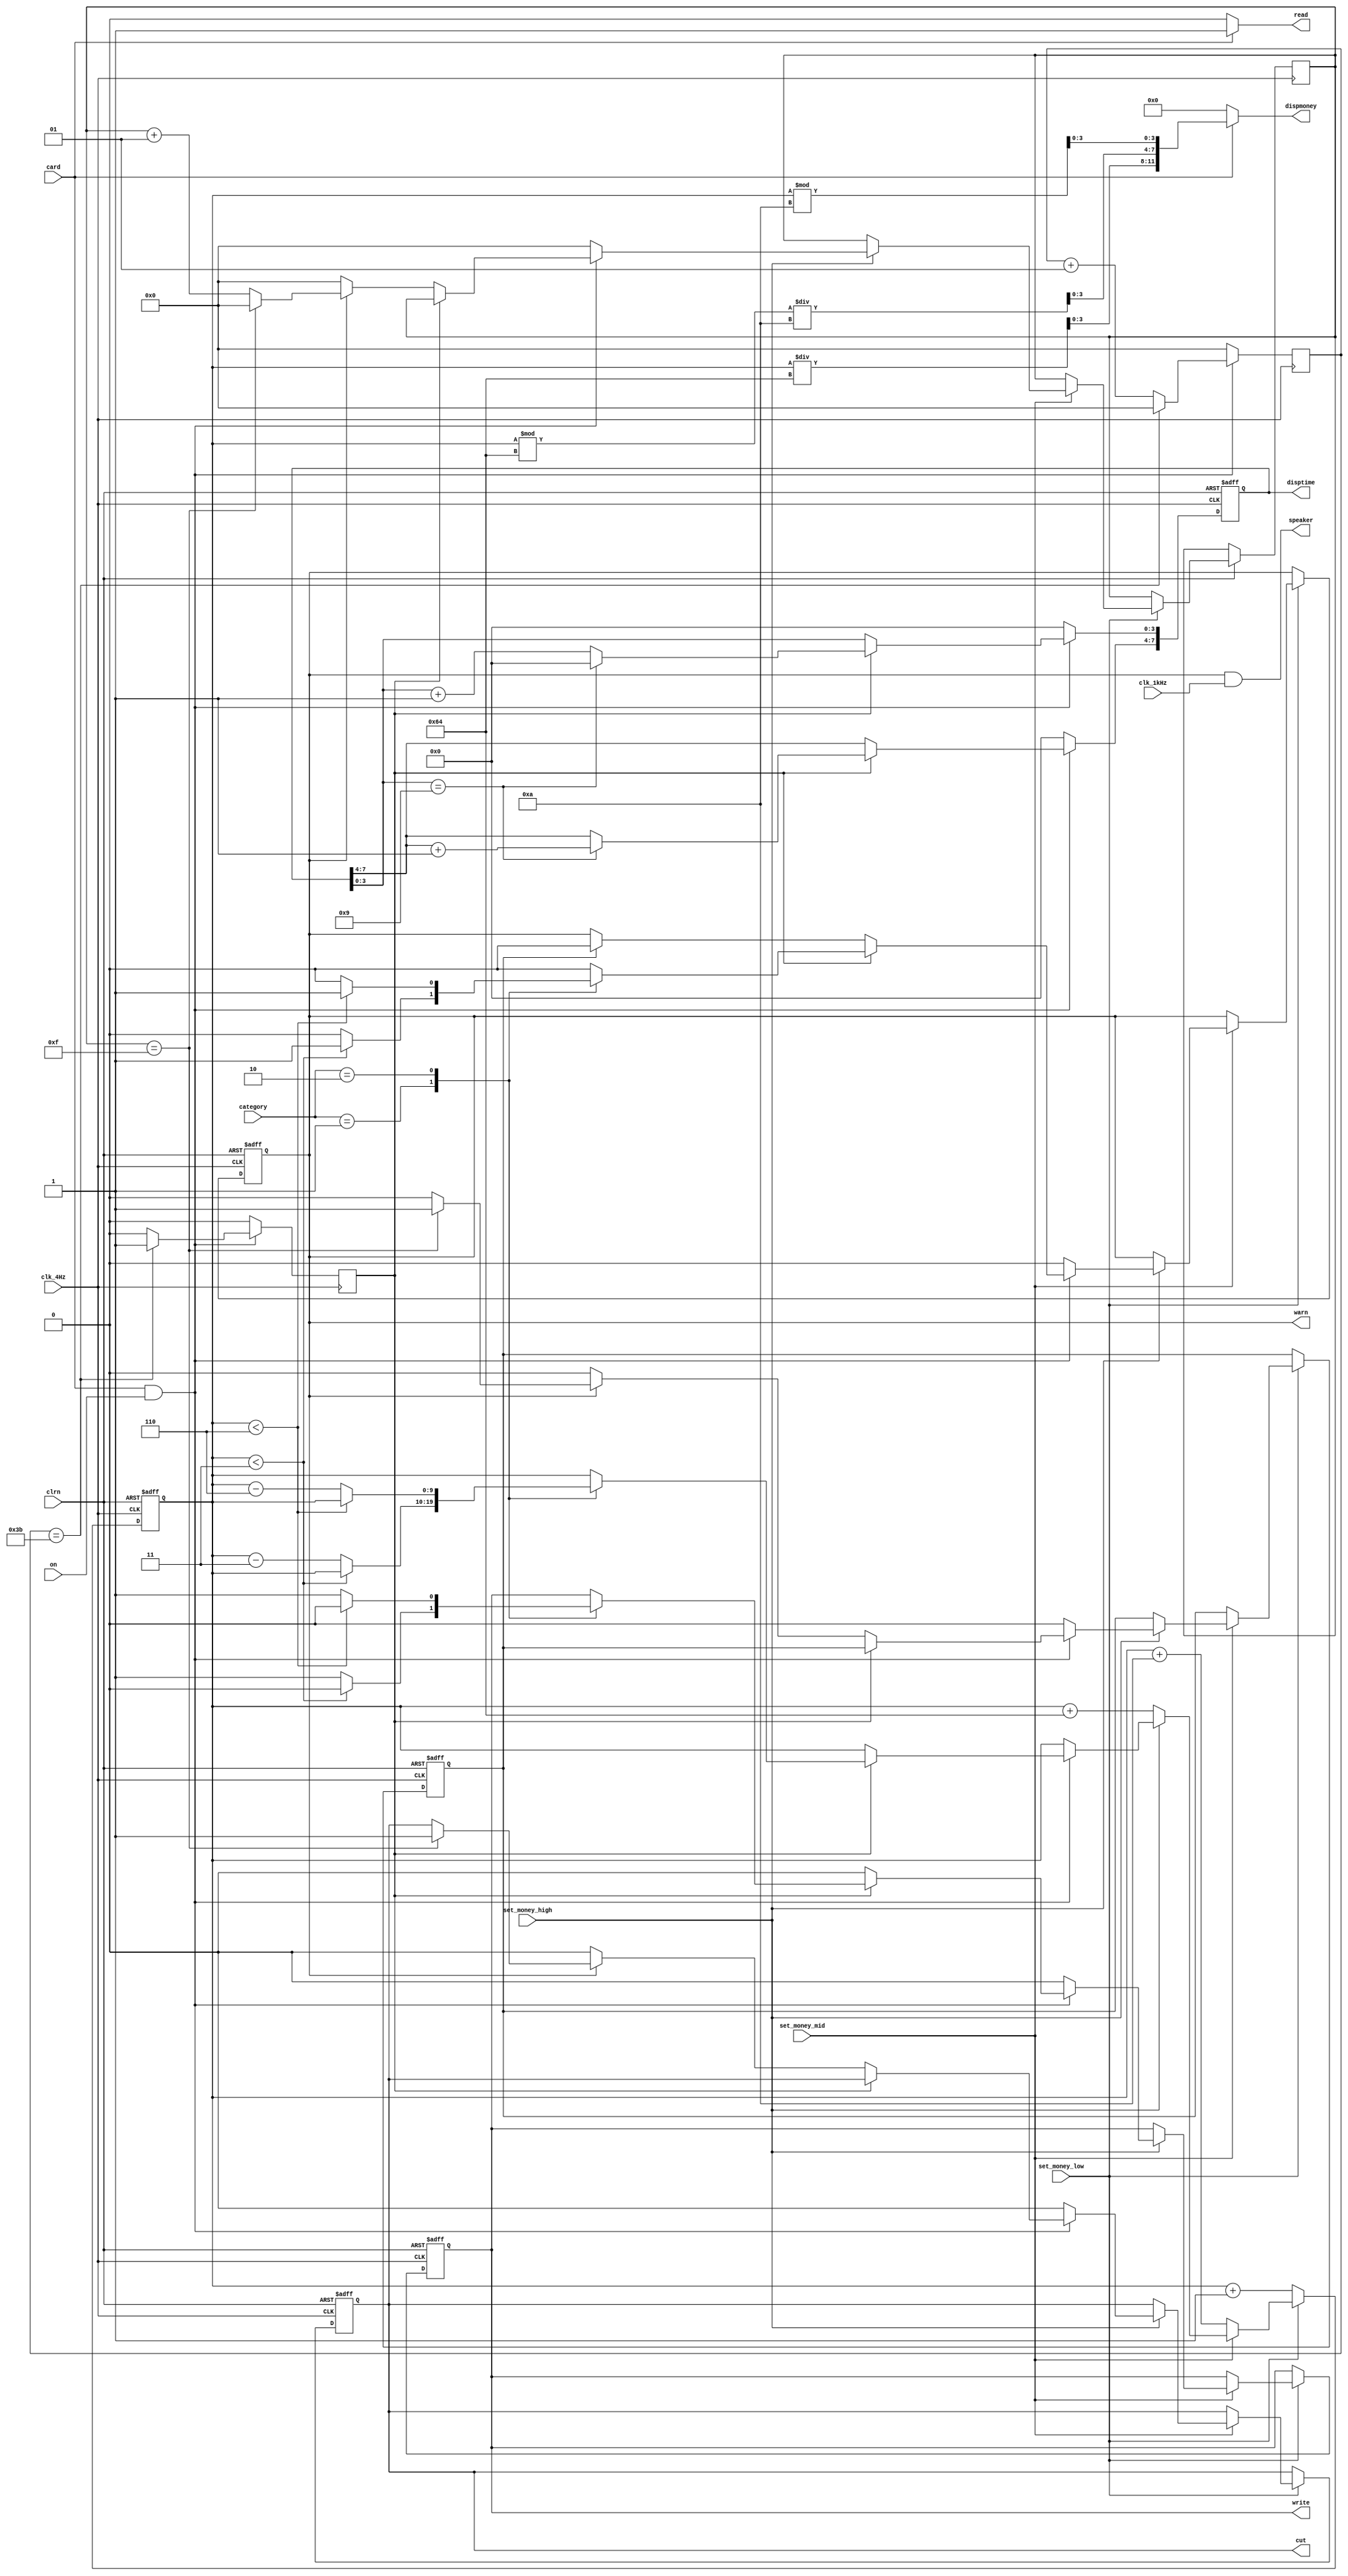
`timescale 1ns / 1ps

//
module account(clk_1kHz,clk_4Hz,card,on,category, set_money_high,set_money_mid,set_money_low,clrn,disptime,dispmoney,read, write,warn,cut, speaker);
	input clk_1kHz,clk_4Hz;//1kHz4Hz
	input card; //
	input on; //
	input [1:0] category; //"01""10""11"
	input set_money_high; //1
	input set_money_mid; //1
	input set_money_low; //1
	input clrn; //
	output reg [7:0] disptime; //44BCD59
	output [11:0] dispmoney;//444BCD99.9
	output read; //
	output reg write; //
	output reg warn; //15s
	output reg cut; //15scut
	output speaker; //
	
	integer cnt1; //
	reg min_clk; //
	wire [11:0] money; //min_clk444BCD
	//wire [11:0] money;
	reg[9:0] realmoney;//money
	integer cnt_warning; //
	reg flag; //15flag1warn
	
	//assignwire
	assign dispmoney =card?money:0; //
	assign read = card?1:0; //
	assign speaker=warn&clk_1kHz; //
	
	assign money[3:0]=realmoney%10;
	assign money[7:4]=(realmoney%100)/10;
	assign money[11:8]=realmoney/100;
	
	
	//1min_clk
	always @(posedge clk_4Hz)
		begin
			if(card && on) //
				begin
					if(cnt1==59)//cnt1159scnt1min_clk
						begin
							cnt1<=0;
							min_clk<=1;
						end
					else 
						begin
							cnt1<=cnt1+1;
							min_clk<=0;
						end
				end
			else 
				begin
					cnt1<=0;
					min_clk<=0;
				end
		end
		
	//2
	always @(negedge clk_4Hz or negedge clrn)
		begin
			if (!clrn) 
				begin
					disptime<=8'd0;
					//cnt1<=0;
				end
			else if(card && on) //
				begin
					if(min_clk) //1disptime1bcd
						begin
							if(disptime[3:0]==9)
								begin
									disptime[3:0]<=0;
									disptime[7:4]<=disptime[7:4]+1;
								end
							else
								begin
									disptime[3:0]<=disptime[3:0]+1;
								end
						end
					else 
						disptime<=disptime;//min_clk0disptime0
				end
			else
				disptime<=0;
		end
		
	// 3
	always @(negedge clk_4Hz or negedge clrn)
		begin
			if (!clrn)//
				begin
					realmoney<=0;
					flag<=0;
					write<=0;
					cut<=0;
					warn<=0;
				end
			//a.
			/*
			else if (!set_money_low) 
				begin
					if (money[3:0]==9)
						money[3:0]<=4'h0;
					else 
						money[3:0]<=money[3:0]+4'h1;
				end
			//
			else if(!set_money_mid)
				begin
					if(money[7:4]==9)
						money[7:4]<=4'h0;
					else 
						money[7:4]<=money[7:4]+4'h1;
				end
			else if(!set_money_high)
				begin
					if(money[11:8]==9)
						money[11:8]<=4'h0;
					else 
						money[11:8]<=money[11:8]+4'h1;
				end
			*/
			
			else //
			if(!set_money_low)
				begin
					realmoney<=realmoney+1;
				end
			else if(!set_money_mid)
				begin
					realmoney<=realmoney+10;
				end
			else if(!set_money_high)
				begin
					realmoney<=realmoney+100;
				end
			else
			//b.
			if(card && on) //
				begin
					if(min_clk) //1
						case (category)
							2'b01: //1
								begin
									if(realmoney<12'd3) // <3
										begin
											warn<=1;
											write<=0;
										end
									else // >3
										begin
											realmoney<=realmoney-3;
											write<=1; 
											warn<=0; // warn0
										end
								end
							2'b10: //2
								begin
									if(realmoney<12'd6) // <6
										begin
											warn<=1;
											write<=0;
										end
									else // >6
										begin
											realmoney<=realmoney-6;
											write<=1; 
											warn<=0; // warn0
										end
								end
							2'b11:
								begin
									realmoney<=realmoney;
									warn<=0;
								end
							default:
								begin
									realmoney<=realmoney;
									warn<=0;
								end
						endcase
					else //min_clk=0
						begin
							write<=0; //
							if(flag) 
								warn<=0; //15s, warn
							if(warn) //
								begin
									if(cnt_warning==15)
										begin 
											cut<=1;
											flag<=1;
											cnt_warning<=0;
										end //15sflag1
									else
										begin
											cnt_warning<=cnt_warning+1;
											flag<=0;
										end//15scnt_warning1, flag0
								end
							else //warning
								begin 
									cnt_warning<=0; 
									cut<=0; 
									flag<=0;
								end
						end
				end
			else //
				begin 
					write<=0; 
					warn<=0;
					cnt_warning<=0;
					cut<=0; 
					flag<=0;
				end
		end
		
endmodule


//50M1K4Hz
module clkdiv(clkin, clrn, clk_1kHz, clk_4Hz);
input clkin;
input clrn;
output reg clk_1kHz;
output reg clk_4Hz;

parameter count_width= 50000;

reg[14:0] count1;
reg[7:0] count2;

always @(posedge clkin, negedge clrn) //5000
	begin
		if(!clrn)
			begin
				count1<=0;
				clk_1kHz<=0;
			end
		else 
			begin
				if(count1==count_width/2-1)
				begin
					clk_1kHz<=~clk_1kHz;
					count1<=0;
				end
				else
				begin
					count1<=count1+1;
					//clk_10kHz<=~clk_10kHz;
				end
			end
	end

always @(posedge clk_1kHz, negedge clrn)
	begin
		if(!clrn)
			begin
				count2<=0;
				clk_4Hz<=0;
			end
		else if(count2==124)
		begin
			clk_4Hz<=~clk_4Hz;
			count2<=0;
		end
		else
			begin
			count2<=count2+1; 
			//clk_1kHz=~clk_1kHz;
			end
	end
endmodule


//scan,1kHz
module scan(clk, clrn,datain,scan_data,scan_en);
input clk; //1kHz
input clrn;
input[11:0] datain; //
output reg[3:0] scan_data; //0BCD
output reg[2:0] scan_en; //0

reg[1:0] state;

always @(posedge clk or negedge clrn)
	begin
		if (!clrn) //
			begin
				state<=0;//......statescan_datascan_en
				scan_data<=0;
				scan_en<=0;
			end
		else
			begin
				if(state==2) 
					state<=0; //
				else 
					state<=state+1'b1;
				case(state) //
					0://
						begin
							scan_data<=datain[11:8];
							scan_en<=3'b100;
						end 
					1:
						begin
							scan_data<=datain[7:4];
							scan_en<=3'b010;
						end
					2:
						begin
							scan_data<=datain[3:0];
							scan_en<=4'b001;
						end
					/*3:
						begin
							scan_data<=secm[3:0];
							scan_en<=4'b0001;
						end
					*/
				endcase
			end
		end
		
endmodule

module p7seg(data,out);
input [3:0]data ; //
output reg[6:0] out; //out[6:0]out[6]out[0]

always @(data ) //always
	case (data)
		4'd0: 
			out <= 7'b1000000 ;
		4'd1: 
			out <= 7'b1111001 ;
		4'd2: 
			out <= 7'b0100100 ;
		4'd3: 
			out <= 7'b0110000 ;
		4'd4: 
			out <= 7'b0011001 ;
		4'd5: 
			out <= 7'b0010010 ;
		4'd6: 
			out <= 7'b0000010 ;
		4'd7: 
			out <= 7'b1111000 ;
		4'd8: 
			out <= 7'b0000000 ;
		4'd9: 
			out <= 7'b0010000 ;
		default: 
			out <= 7'b1000000;//data4'hA~4'hF0
	endcase

endmodule



module account_for_sim(clk_1kHz,clk_4Hz,card,on,category,set_money_high,set_money_mid, set_money_low, clrn, read_out,write_out, warn_out, cut_out, speaker_out, scan_en_1,disptime_7seg, scan_en_0,dispmoney_7seg);

input clk_1kHz,clk_4Hz; //1kHz4Hz
input card; //
input on; //
input [1:0] category; //"01""10""11"
input set_money_high; //1
input set_money_mid; //1
input set_money_low; //1
input clrn; //
output read_out; //
output write_out; //
output warn_out; //3615s
output cut_out; //15scut
output speaker_out; //
output [2:0] scan_en_1; //1234
output[6:0] disptime_7seg; //disptime471
output [2:0] scan_en_0; //0234
output[6:0] dispmoney_7seg; //dispmoney470

wire[7:0] disptime; //59
wire[11:0] dispmoney; //99.9
wire[11:0] data_in_1; //disptime[7:0]12scan.vdata_in12
wire[3:0] scan_data_1; //1BCD
wire[3:0] scan_data_0; //0BCD
wire read; //
wire write; //
wire warn; //
wire cut; //15scut
wire speaker; //

//1
//module account(clk_1kHz,clk_4Hz,card,on,category, set_money_high,set_money_mid,set_money_low,clrn,disptime,dispmoney,read, write,warn,cut, speaker);
account my_account(clk_1kHz,clk_4Hz,card,on,category, set_money_high,set_money_mid,set_money_low,clrn, disptime, dispmoney ,read, write, warn, cut, speaker);
//2
assign data_in_1 = {4'b0000,disptime}; //disptime[7:0]12

//module scan(clk, clrn,datain,scan_data,scan_en);

scan my_scan1(clk_1kHz, clrn, data_in_1, scan_data_1, scan_en_1); //
scan my_scan2(clk_1kHz, clrn, dispmoney, scan_data_0, scan_en_0); //


//3
//module p7seg(data,out);

p7seg my_p7seg1(scan_data_1,disptime_7seg); //
p7seg my_p7seg2(scan_data_0,dispmoney_7seg); //

//4LEDreadwritewarncutspeaker
assign read_out=!read;
assign write_out=!write;
assign warn_out=!warn;
assign cut_out=!cut;
assign speaker_out=speaker;

//

endmodule 


module account_top(clk,card,on,category,set_money_high,set_money_mid, set_money_low, clrn, read_out,write_out, warn_out, cut_out, speaker_out, scan_en_1,disptime_7seg, scan_en_0,dispmoney_7seg);

input clk;
input card; //
input on; //
input [1:0] category; //"01""10""11"
input set_money_high; //1
input set_money_mid; //1
input set_money_low; //1
input clrn; //
output read_out; //
output write_out; //
output warn_out; //3615s
output cut_out; //15scut
output speaker_out; //
output [2:0] scan_en_1; //1234
output[6:0] disptime_7seg; //disptime471
output [2:0] scan_en_0; //0234
output[6:0] dispmoney_7seg; //dispmoney470

wire clk_1kHz,clk_4Hz; //1kHz4Hz
wire[7:0] disptime; //59
wire[11:0] dispmoney; //99.9
wire[11:0] data_in_1; //disptime[7:0]12scan.vdata_in12
wire[3:0] scan_data_1; //1BCD
wire[3:0] scan_data_0; //0BCD
wire read; //
wire write; //
wire warn; //
wire cut; //15scut
wire speaker; //

//module clkdiv(clkin, clrn, clk_1kHz, clk_4Hz);
clkdiv my_clkdiv(clk,clrn,clk_1kHz,clk_4Hz);

//1
//module account(clk_1kHz,clk_4Hz,card,on,category, set_money_high,set_money_mid,set_money_low,clrn,disptime,dispmoney,read, write,warn,cut, speaker);
account my_account(clk_1kHz,clk_4Hz,card,on,category, set_money_high,set_money_mid,set_money_low,clrn,disptime,dispmoney,read, write,warn,cut, speaker);
//2
assign data_in_1 = {4'b0000,disptime}; //disptime[7:0]12

//module scan(clk, clrn,datain,scan_data,scan_en);

scan my_scan1(clk_1kHz, clrn, data_in_1, scan_data_1, scan_en_1); //
scan my_scan2(clk_1kHz, clrn, dispmoney, scan_data_0, scan_en_0); //


//3
//module p7seg(data,out);

p7seg my_p7seg1(scan_data_1,disptime_7seg); //
p7seg my_p7seg2(scan_data_0,dispmoney_7seg); //

//4LEDreadwritewarncutspeaker
assign read_out=!read;
assign write_out=!write;
assign warn_out=!warn;
assign cut_out=!cut;
assign speaker_out=speaker;

//

endmodule